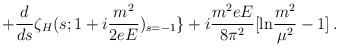
LaTeX: \begin{align*}+\frac{d}{ds}\zeta _{H}(s;1+i\frac{m^{2}}{2eE})_{s=-1}\}+i\frac{m^{2}eE}{8\pi ^{2}}[\mbox{ln}\frac{m^{2}}{\mu ^{2}}-1]\, .\end{align*}